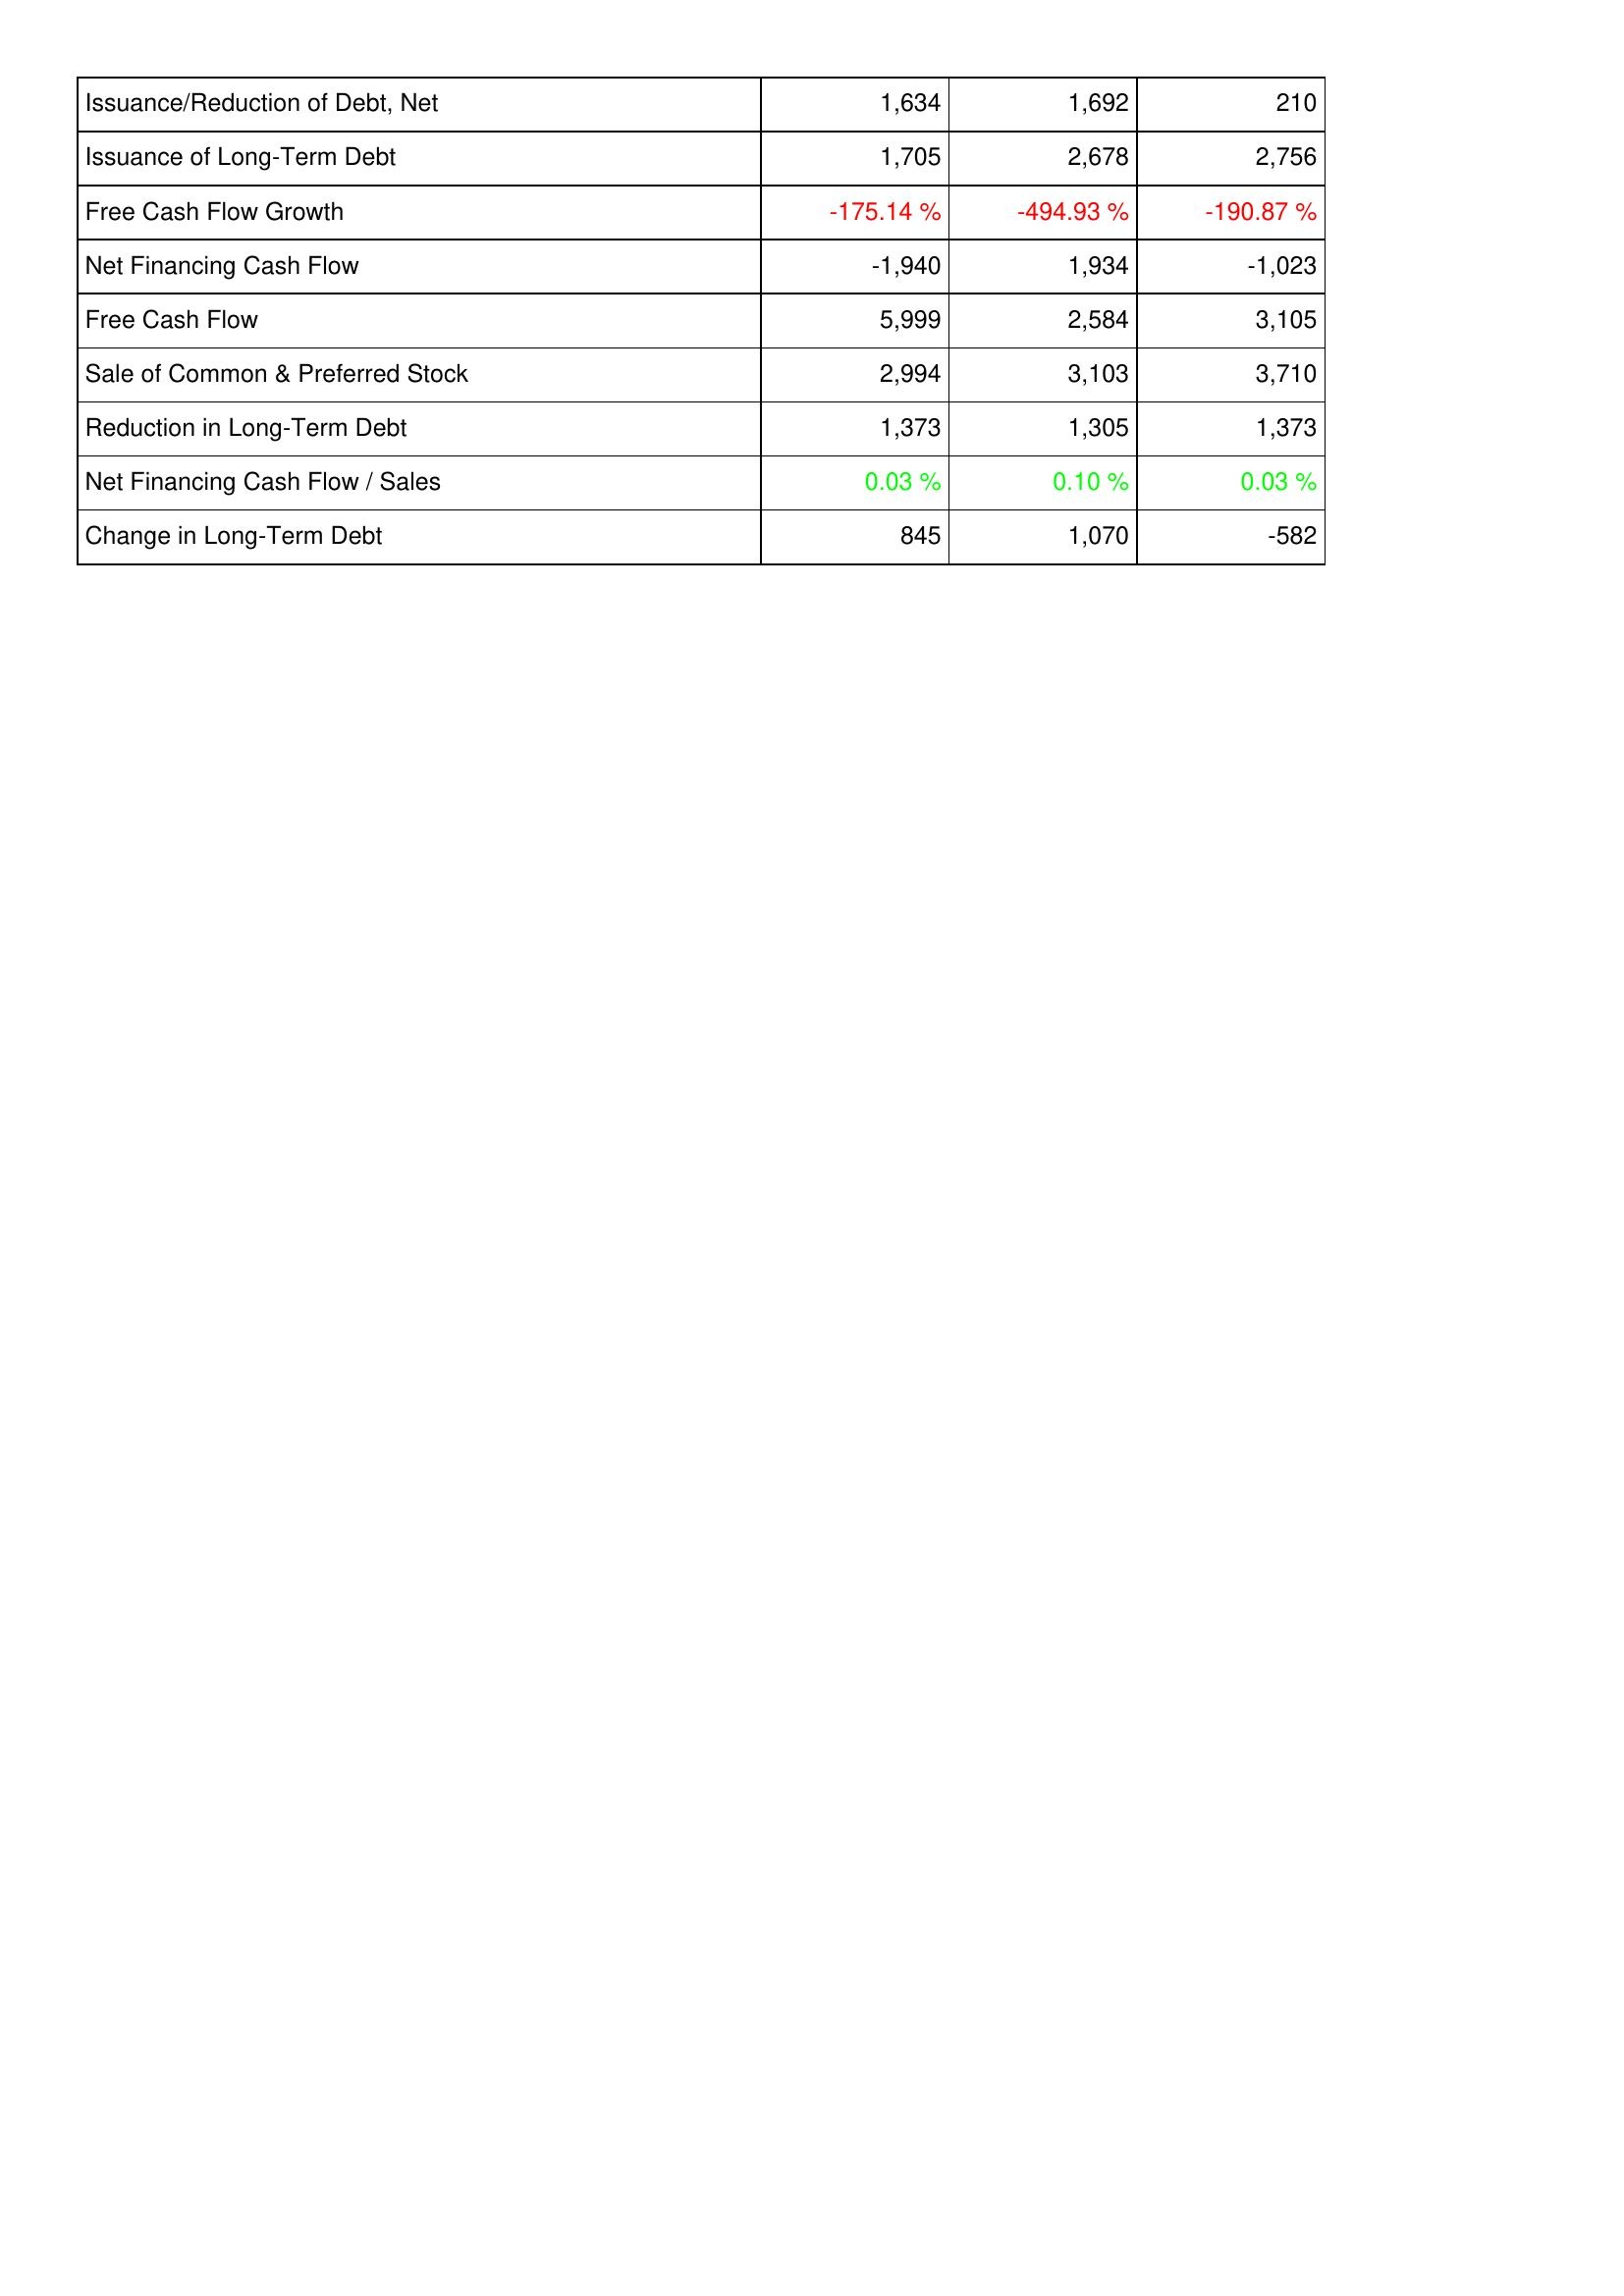
2008: Financing Activities: Issuance/Reduction of Debt, Net: 1,634
Issuance of Long-Term Debt: 1,705
Free Cash Flow Growth: -175.14 %
Net Financing Cash Flow: -1,940
Free Cash Flow: 5,999
Sale of Common & Preferred Stock: 2,994
Reduction in Long-Term Debt: 1,373
Net Financing Cash Flow / Sales: 0.03 %
Change in Long-Term Debt: 845
2007: Financing Activities: Issuance/Reduction of Debt, Net: 1,692
Issuance of Long-Term Debt: 2,678
Free Cash Flow Growth: -494.93 %
Net Financing Cash Flow: 1,934
Free Cash Flow: 2,584
Sale of Common & Preferred Stock: 3,103
Reduction in Long-Term Debt: 1,305
Net Financing Cash Flow / Sales: 0.10 %
Change in Long-Term Debt: 1,070
2006: Financing Activities: Issuance/Reduction of Debt, Net: 210
Issuance of Long-Term Debt: 2,756
Free Cash Flow Growth: -190.87 %
Net Financing Cash Flow: -1,023
Free Cash Flow: 3,105
Sale of Common & Preferred Stock: 3,710
Reduction in Long-Term Debt: 1,373
Net Financing Cash Flow / Sales: 0.03 %
Change in Long-Term Debt: -582